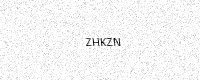
Text: ZHKZN